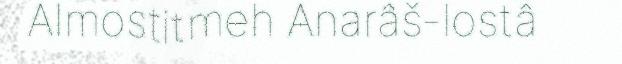
Almostitmeh Anarâš-lostâ